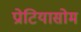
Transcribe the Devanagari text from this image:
प्रोटियासोम